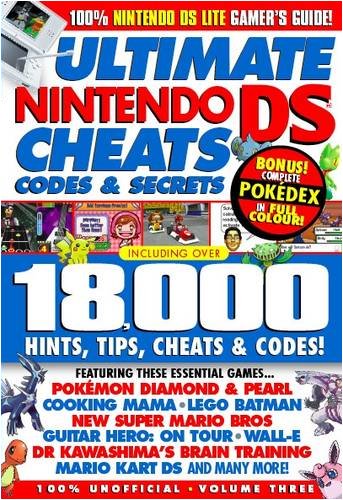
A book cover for Ultimate Nintendo DS and DSi Cheats, Codes and Secrets: Plus Bonus Complete Full Colour Pokemon Pokedex v. 5: Pokemon Special; Computers & Technology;